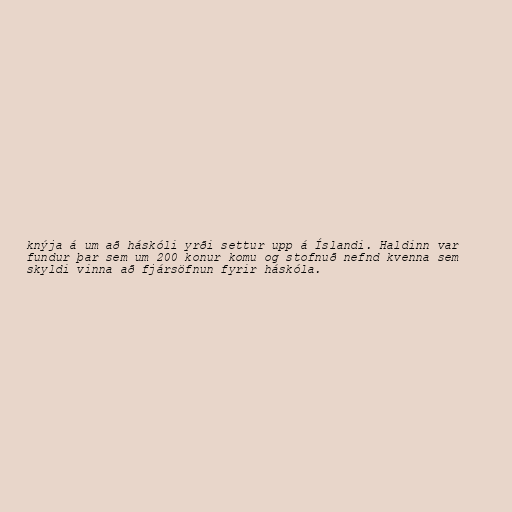
knýja á um að háskóli yrði settur upp á Íslandi. Haldinn var
fundur þar sem um 200 konur komu og stofnuð nefnd kvenna sem
skyldi vinna að fjársöfnun fyrir háskóla.